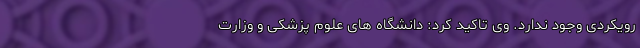
رویکردی وجود ندارد. وی تاکید کرد: دانشگاه های علوم پزشکی و وزارت